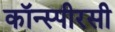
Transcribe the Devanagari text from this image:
कॉन्स्पीरसी